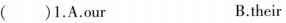
()1.A.our B.their